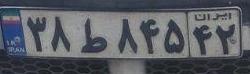
۳۸ط۸۴۵۴